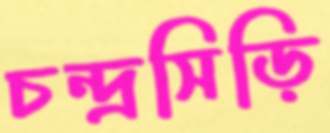
চন্দ্রসিড়ি